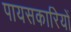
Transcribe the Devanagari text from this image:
पायसकारियों